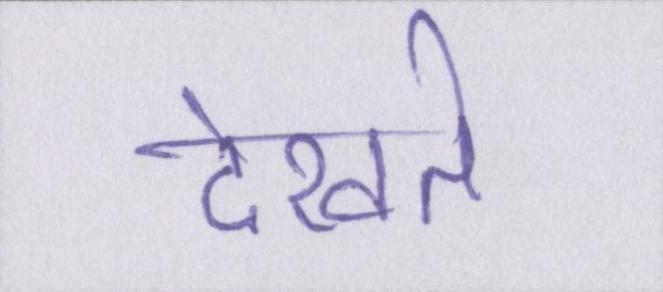
देखते